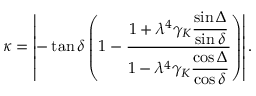
{ \kappa } = \left| - \tan { \delta } \left( 1 - \frac { 1 + { \lambda } ^ { 4 } { \gamma } _ { K } \displaystyle { \frac { \sin { \Delta } } { \sin { \delta } } } } { 1 - { \lambda } ^ { 4 } { \gamma } _ { K } \displaystyle { \frac { \cos { \Delta } } { \cos { \delta } } } } \right) \right| .